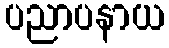
ပညာပနာယ